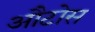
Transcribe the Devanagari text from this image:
औटोस